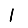
Digit: 1